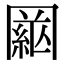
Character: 𦁒